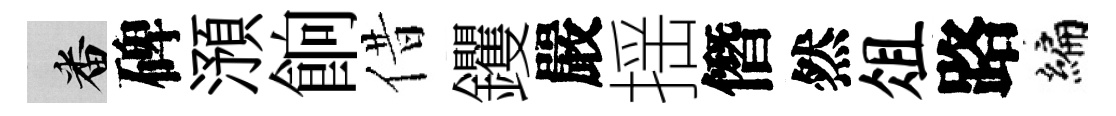
番碑澦餉借钁嚴揺僭然俎路编